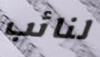
لنائب